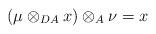
LaTeX: \begin{align*}(\mu \otimes _{DA} x)\otimes _A \nu = x\end{align*}